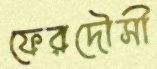
ফেরদৌসী